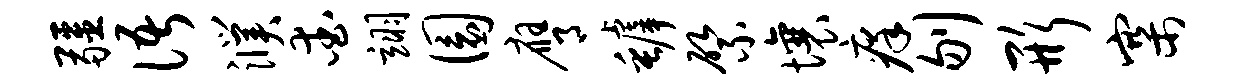
疆语濮爱翊圜膺罅綮壤痒刎形寨